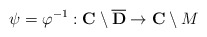
\begin{align*}\psi=\varphi^{-1}: {\bf C}\setminus \overline{\bf D}\to {\bf C}\setminus M\end{align*}